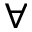
\forall